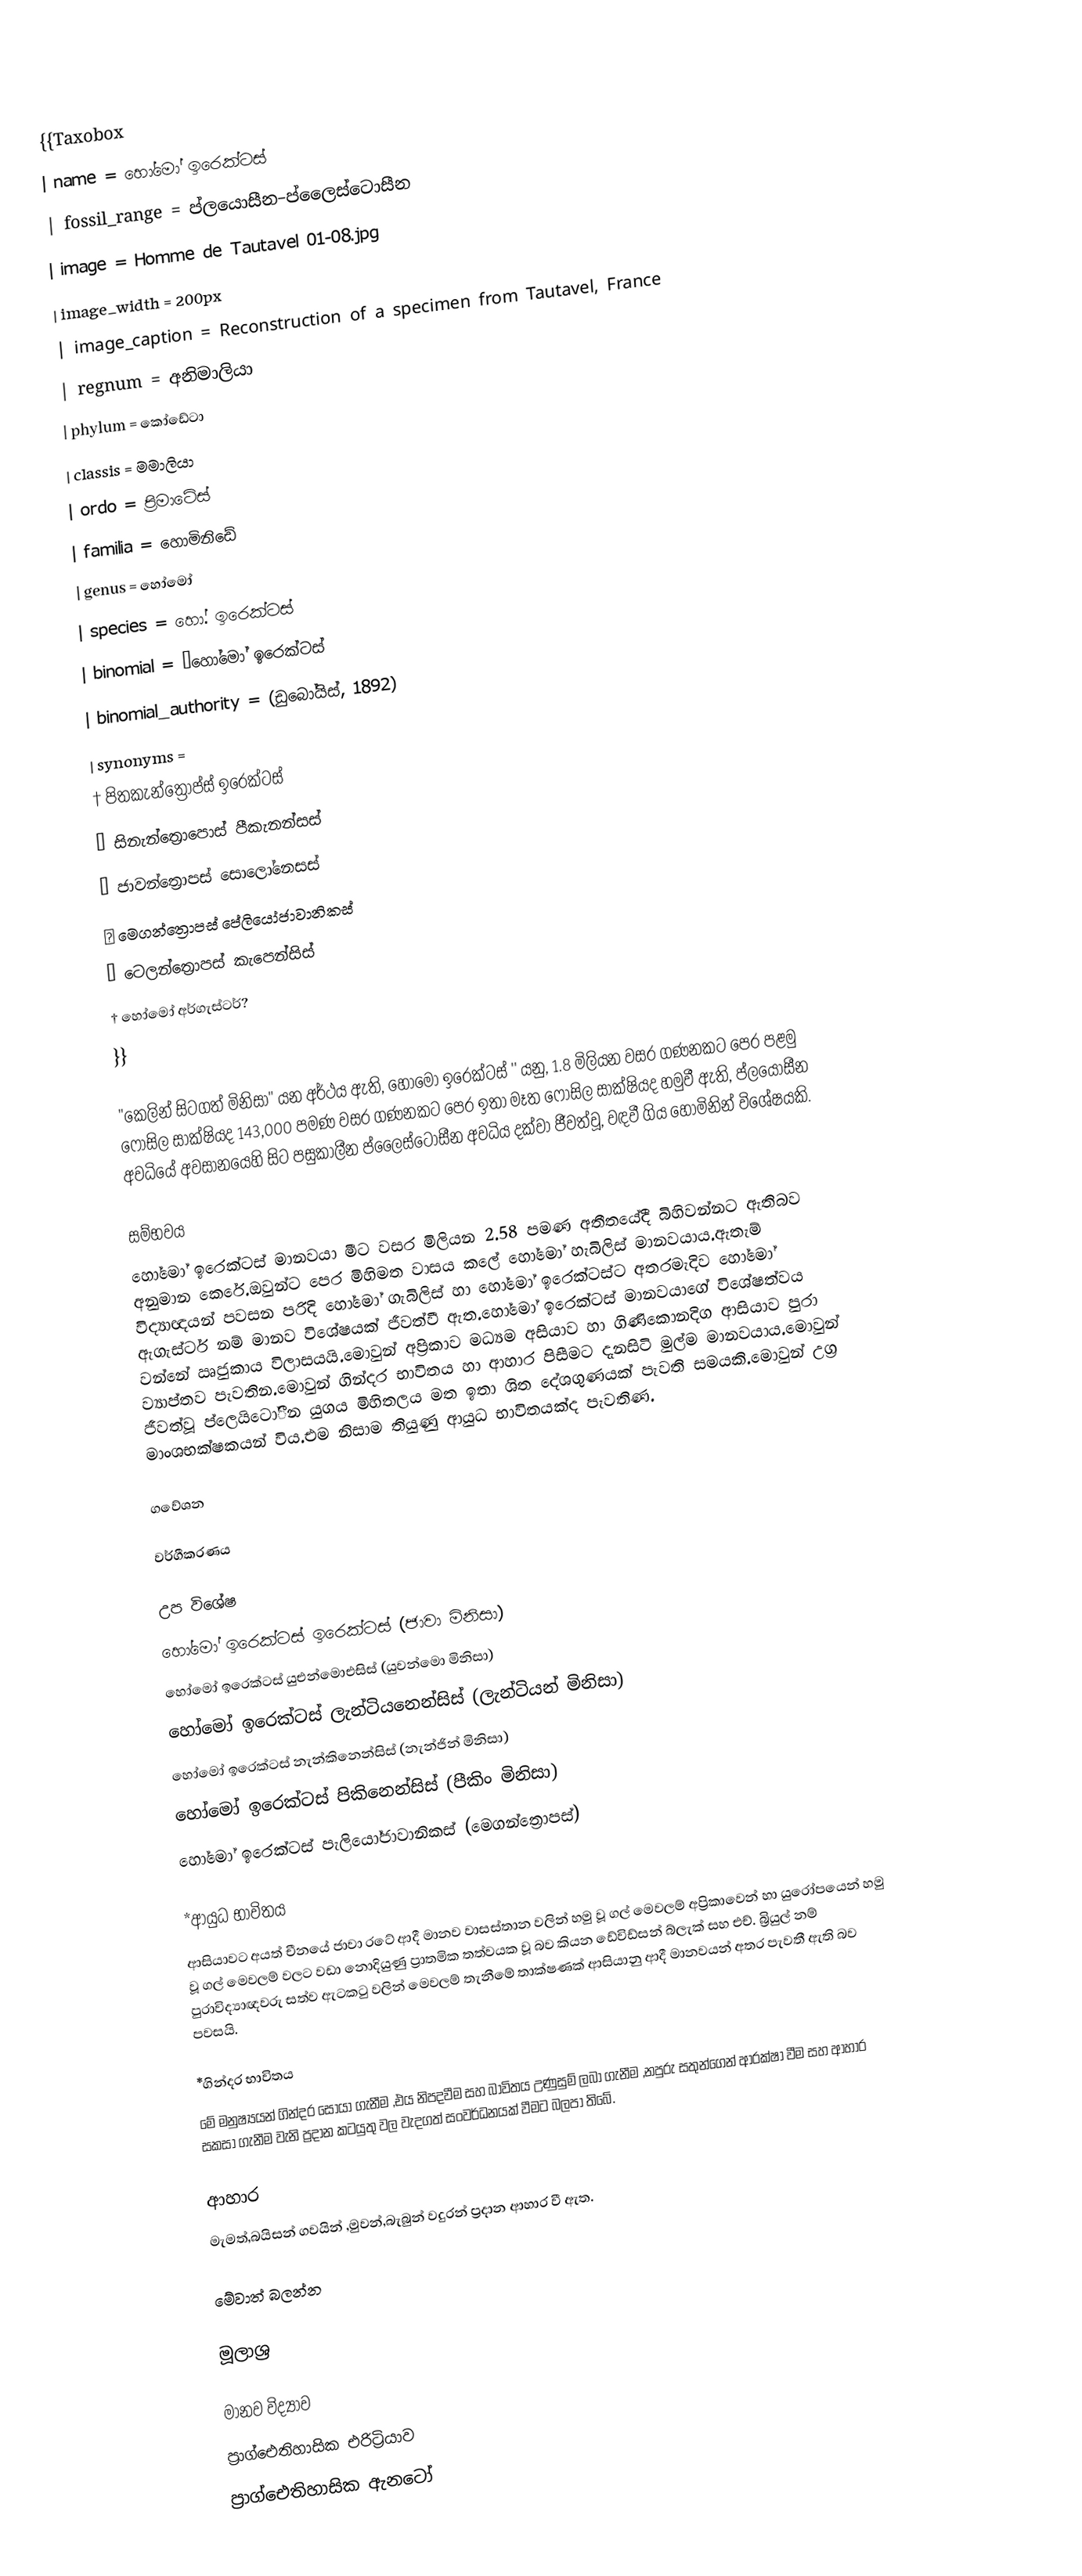
{{Taxobox
| name = හෝමෝ ඉරෙක්ටස්
| fossil_range = ප්ලයොසීන–ප්ලෛස්ටොසීන
| image = Homme de Tautavel 01-08.jpg
| image_width = 200px
| image_caption = Reconstruction of a specimen from Tautavel, France
| regnum = අනිමාලියා
| phylum = කෝඩේටා
| classis = මමාලියා
| ordo = ප්‍රිමාටේස්
| familia = හොමිනිඩේ
| genus = හෝමෝ
| species = හෝ. ඉරෙක්ටස්
| binomial = †හෝමෝ ඉරෙක්ටස්
| binomial_authority = (ඩුබෝයිස්, 1892)
| synonyms =
† පිතකැන්ත්‍රොප්ස් ඉරෙක්ටස්
† සිනැන්ත්‍රොපොස් පීකැනන්සස්
† ජාවන්ත්‍රොපස් සොලෝනෙසස්
† මෙගන්ත්‍රොපස් පේලියෝජාවානිකස්
† ටෙලන්ත්‍රොපස් කැපෙන්සිස්
† හෝමෝ අර්ගැස්ටර්?
}}

"කෙලින් සිටගත් මිනිසා"  යන අර්ථය ඇති, හෝමෝ ඉරෙක්ටස් '' යනු,  1.8 මිලියන වසර ගණනකට පෙර පළමු ෆොසිල සාක්ෂියද 143,000 පමණ වසර ගණනකට පෙර ඉතා මෑත ෆොසිල සාක්ෂියද හමුවී ඇති,  ප්ලයොසීන අවධියේ අවසානයෙහි සිට පසුකාලීන ප්ලෛස්ටොසීන අවධිය දක්වා ජීවත්වූ,  වඳවී ගිය  හොමිනින් විශේෂයකි.

සම්භවය
හෝමෝ ඉරෙක්ටස් මානවයා මීට වසර මිලියන 2.58 පමණ අතීතයේදී බිහිවන්නට ඇතිබව අනුමාන කෙරේ.ඔවුන්ට පෙර මිහිමත වාසය කලේ හෝමෝ හැබිලිස් මානවයාය.ඇතැම් විද්‍යාඥයන් පවසන පරිදි හෝමෝ ගැබිලිස් හා හෝමෝ ඉරෙක්ටස්ට අතරමැදිව හෝමෝ ඇගැස්ටර් නම් මානව විශේෂයක් ජීවත්වී ඇත.හෝමෝ ඉරෙක්ටස් මානවයාගේ විශේෂත්වය වන්නේ ඍජුකාය විලාසයයි.මොවුන් අප්‍රිකාව මධ්‍යම අසියාව හා ගිණිකොනදිග ආසියාව පුරා ව්‍යාප්තව පැවතින.මොවුන් ගින්දර භාවිතය හා ආහාර පිසීමට දැනසිටි මුල්ම මානවයාය.මොවුන් ජීවත්වූ ප්ලෙයිටෝීන යුගය මිහිතලය මත ඉතා ශිත දේශගුණයක් පැවති සමයකි.මොවුන් උග්‍ර මාංශභක්ෂකයන් විය.එම නිසාම තියුණු ආයුධ භාවිතයක්ද පැවතිණ.

ගවේශන

වර්ගීකරණය

උප විශේෂ
 හෝමෝ ඉරෙක්ටස් ඉරෙක්ටස් (ජාවා මිනිසා)
 හෝමෝ ඉරෙක්ටස් යුඑන්මොඑසිස් (යුවන්මො මිනිසා)
 හෝමෝ ඉරෙක්ටස් ලැන්ටියනෙන්සිස් (ලැන්ටියන් මිනිසා)
 හෝමෝ ඉරෙක්ටස් නැන්කිනෙන්සිස් (නැන්ජින් මිනිසා)
 හෝමෝ ඉරෙක්ටස් පිකිනෙන්සිස් (පීකිං මිනිසා)
 හෝමෝ ඉරෙක්ටස් පැලියෝජාවානිකස් (මෙගන්ත්‍රොපස්)

*ආයුධ භාවිතය
ආසියාවට අයත් චීනයේ ජාවා රටේ ආදී මානව වාසස්තාන වලින් හමු වූ ගල් මෙවලම් අප්‍රිකාවෙන් හා යුරෝපයෙන් හමු වූ ගල් මෙවලම් වලට වඩා නොදියුණු ප්‍රාතමික තත්වයක වූ බව කියන ඩේවිඩ්සන් බ්ලැක් සහ එච්. බ්‍රියුල් නම් පුරාවිද්‍යාඥවරු සත්ව ඇටකටු වලින් මෙවලම් තැනීමේ තාක්ෂණක් ආසියානු ආදී මානවයන් අතර පැවතී ඇති බව පවසයි.

*ගින්දර භාවිතය
මේ මනුෂ්‍යයන් ගින්දර සොයා ගැනීම ,එය නිපදවීම සහ බාවිතය උණුසුම් ලබා ගැනීම ,නපුරු සතුන්ගෙන් ආරක්ෂා වීම සහ ආහාර සකසා ගැනීම වැනි ප්‍රදාන කටයුතු  වල වැදගත් සංවර්ධනයක් වීමට බලපා තිබේ.

ආහාර
මැමත්,බයිසන් ගවයින් ,මුවන්,බැබුන් වදුරන් ප්‍රදාන ආහාර වී ඇත.

මේවාත් බලන්න

මූලාශ්‍ර

මානව විද්‍යාව
ප්‍රාග්ඓතිහාසික එරිට්‍රියාව
ප්‍රාග්ඓතිහාසික ඇනටෝ